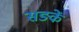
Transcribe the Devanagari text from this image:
सङकें